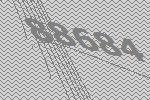
88684